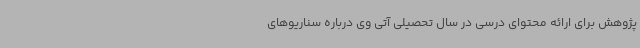
پژوهش برای ارائه محتوای درسی در سال تحصیلی آتی وی درباره سناریوهای